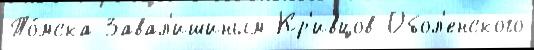
То́мска Завал'ишиным Кр'ивцов Обол'енского